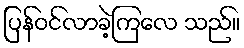
ပြန်ဝင်လာခဲ့ကြလေ သည်။